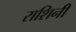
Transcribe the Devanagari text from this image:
राशिनी